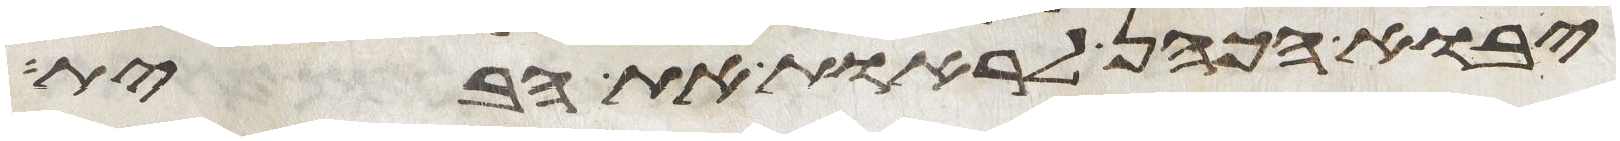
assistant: יבוא הכהן לראות את הבית